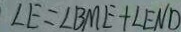
\angle E = \angle B M E + \angle E N D